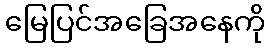
မြေပြင်အခြေအနေကို